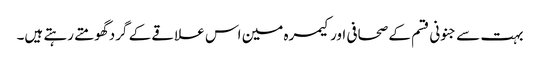
بہت سے جنونی قسم کے صحافی اور کیمرہ مین اس علاقے کے گرد گھومتے رہتے ہیں۔